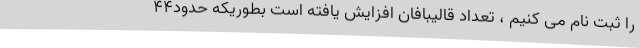
را ثبت نام می کنیم ، تعداد قالیبافان افزایش یافته است بطوریکه حدود44